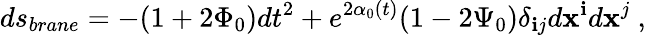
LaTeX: ds_{brane}=-(1+2\Phi_{0})dt^{2}+e^{2\alpha_{0}(t)}(1-2\Psi_{0})\delta_{\mathbf{i}j}d\mathbf{x}^{\mathbf{i}}d\mathbf{x}^{j}\ ,